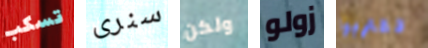
تسكب سنرى ولكن زولو تقتربوا